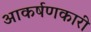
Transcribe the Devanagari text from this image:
आकर्षणकारी